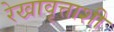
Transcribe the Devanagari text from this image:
रेखावृत्ताशी